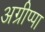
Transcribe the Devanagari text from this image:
अग्रीप्पा